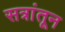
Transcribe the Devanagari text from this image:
सत्रांतून